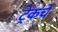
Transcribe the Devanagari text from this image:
ट्रेकचे